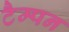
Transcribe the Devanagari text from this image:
टैम्पन